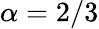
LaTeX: \alpha=2/3